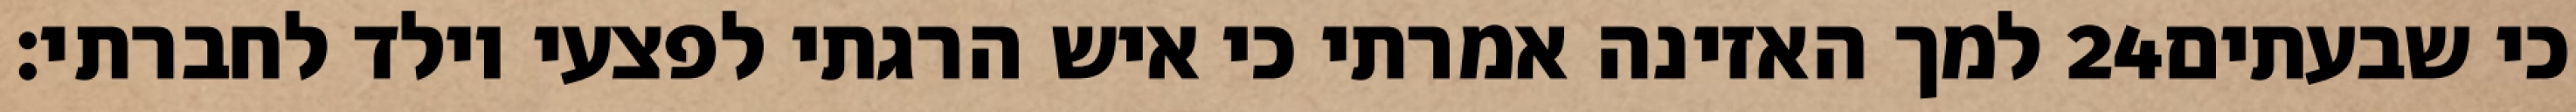
למך האזינה אמרתי כי איש הרגתי לפצעי וילד לחברתי׃ ‎24‏ כי שבעתים